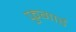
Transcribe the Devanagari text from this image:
फुगार्ड